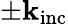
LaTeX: \pm\mathbf{k}_{\mathrm{{inc}}}